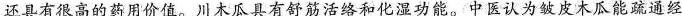
还具有很高的药用价值。川木瓜具有舒筋活络和化湿功能。中医认为皱皮木瓜能疏通经